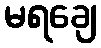
မရချေ